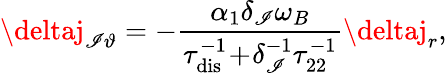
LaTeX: \deltaj_{\mathscr{I}\vartheta}=-\frac{{\alpha_{1}\delta_{\mathscr{I}}\omega_{B}}}{{\tau_{\mathrm{{dis}}}^{-1}\! +\! \delta_{\mathscr{I}}^{-1}\tau_{22}^{-1}}}\deltaj_{r},